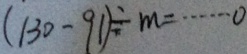
( 1 3 0 - 9 1 ) \div m = \cdots 0